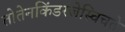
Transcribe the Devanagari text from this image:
तोतेनकिंडरजेस्चिचते